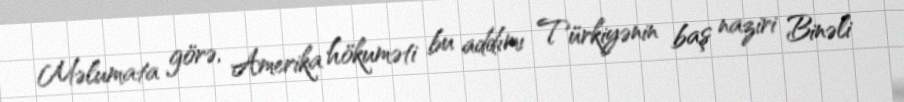
Məlumata görə, Amerika hökuməti bu addımı Türkiyənin baş naziri Binəli